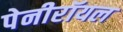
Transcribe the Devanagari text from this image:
पेनीरॉयल